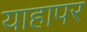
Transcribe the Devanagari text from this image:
याहापर